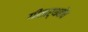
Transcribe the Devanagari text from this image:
गीतार्थबोध